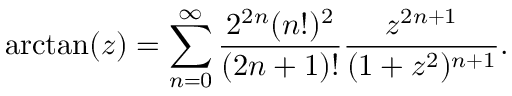
\arctan ( z ) = \sum _ { n = 0 } ^ { \infty } { \frac { 2 ^ { 2 n } ( n ! ) ^ { 2 } } { ( 2 n + 1 ) ! } } { \frac { z ^ { 2 n + 1 } } { ( 1 + z ^ { 2 } ) ^ { n + 1 } } } .